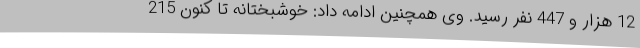
12 هزار و 447 نفر رسید. وی همچنین ادامه داد: خوشبختانه تا کنون 215